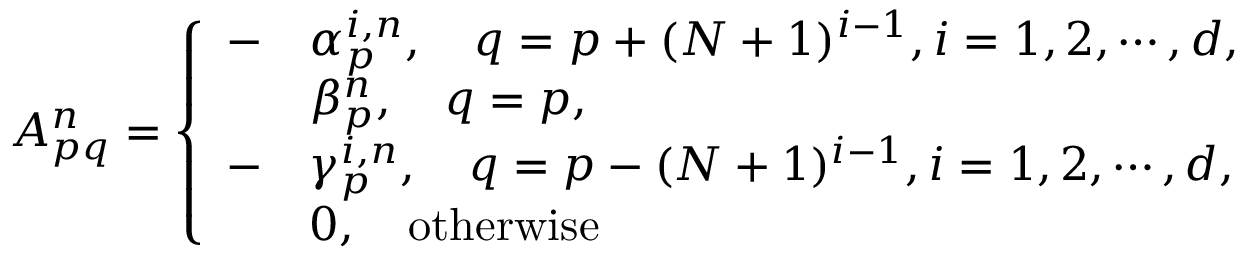
\begin{array} { r } { A _ { p q } ^ { n } = \left\{ \begin{array} { l l } { - } & { \alpha _ { p } ^ { i , n } , \quad q = p + ( N + 1 ) ^ { i - 1 } , i = 1 , 2 , \cdots , d , } \\ & { \beta _ { p } ^ { n } , \quad q = p , } \\ { - } & { \gamma _ { p } ^ { i , n } , \quad q = p - ( N + 1 ) ^ { i - 1 } , i = 1 , 2 , \cdots , d , } \\ & { 0 , \quad \mathrm { o t h e r w i s e } } \end{array} \right. } \end{array}